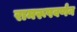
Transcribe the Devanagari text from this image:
रामरूपवर्णन